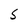
Character: s